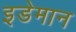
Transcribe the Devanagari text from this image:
इडेमान